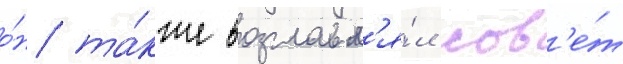
о́н та́кже возглавл'я́л сов'е́т